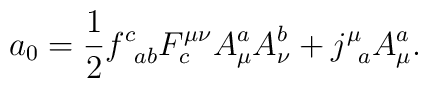
a_{0}=\frac{1}{2}f_{\;\;ab}^{c}F_{c}^{\mu \nu }A_{\mu }^{a}A_{\nu}^{b}+j_{\;\;a}^{\mu }A_{\mu }^{a}.